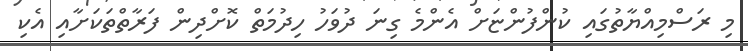
މި ރަސްމިއްޔާތުގައި ކުންފުންޏަށް އެންމެ ގިނަ ދުވަހު ހިދުމަތް ކޮށްދިން ފަރާތްތަކަށާއި އެކި